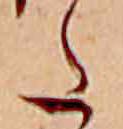
た